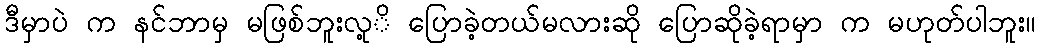
ဒီမှာပဲ က နင်ဘာမှ မဖြစ်ဘူးလု့ိ ပြောခဲ့တယ်မလားဆို ပြောဆိုခဲ့ရာမှာ က မဟုတ်ပါဘူး။